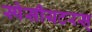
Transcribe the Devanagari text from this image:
स्पेसीयटरस्